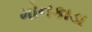
મોનકાડા